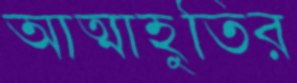
আত্মাহুতির